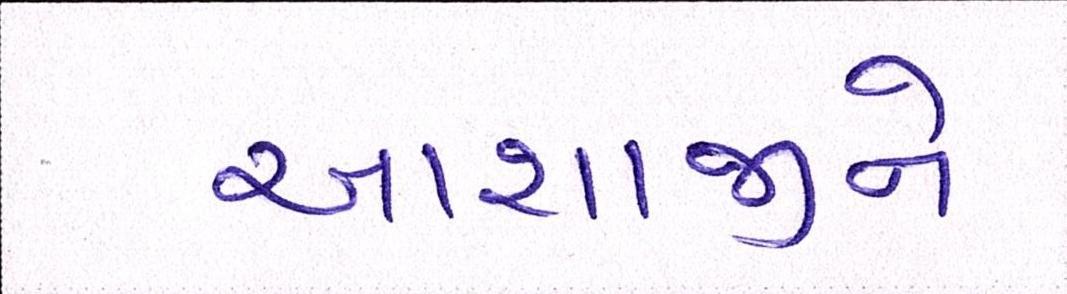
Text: આશાજીને